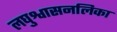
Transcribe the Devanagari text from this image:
लघुश्वासनलिका